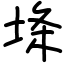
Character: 鿍